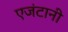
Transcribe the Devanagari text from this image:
एजंटानी